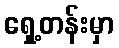
ရှေ့တန်းမှာ